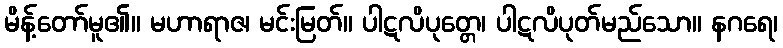
မိန့်တော်မူ၏။ မဟာရာဇ၊ မင်းမြတ်။ ပါဋလိပုတ္တေ၊ ပါဋလိပုတ်မည်သော။ နဂရေ၊